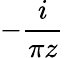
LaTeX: -\frac{i}{\pi z}